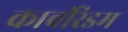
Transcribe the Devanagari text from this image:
कार्वोरंडम